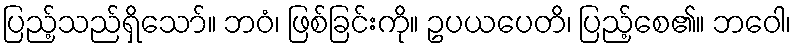
ပြည့်သည်ရှိသော်။ ဘဝံ၊ ဖြစ်ခြင်းကို။ ဥပယပေတိ၊ ပြည့်စေ၏။ ဘဝေါ၊